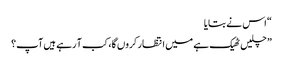
“ اس نے بتایا
” چلیں ٹھیک ہے میں انتظار کروں گا، کب آ رہے ہیں آپ؟